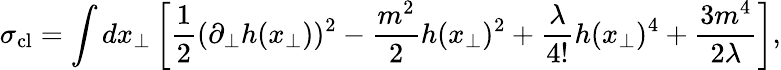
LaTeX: \sigma_{\mathrm{cl}}=\int dx_{\bot}\left[\frac{1}{2}(\partial_{\bot}h(x_{\bot}))^{2}-\frac{m^{2}}{2}h(x_{\bot})^{2}+\frac{\lambda}{4!}h(x_{\bot})^{4}+\frac{3m^{4}}{2\lambda}\right],